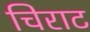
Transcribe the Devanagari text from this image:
चिराट